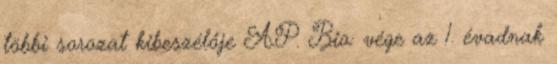
többi sorozat kibeszélője A.P. Bio: vége az 1. évadnak